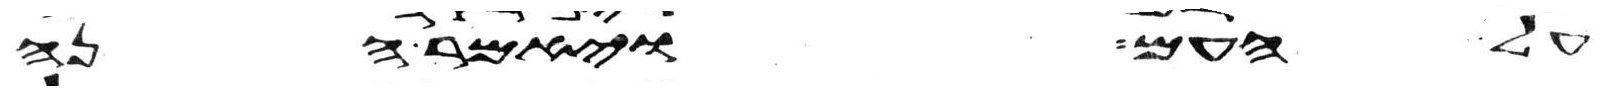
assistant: על העם ויאמר הנה